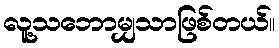
လူ့သဘောမျှသာဖြစ်တယ်။